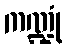
ကဏ္ဍုံ